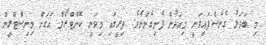
މި ބަދަލު ގެނެސްފައިވަނީ މިއަދުން ފެށިގެންނެވެ. ތިރީގައި މިވަނީ ކޮންޓްރޯލް އަގަށް މިނިސްޓްރީން